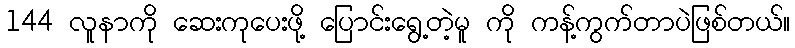
144 လူနာကို ဆေးကုပေးဖို့ ပြောင်းရွေ့တဲ့မူ ကို ကန့်ကွက်တာပဲဖြစ်တယ်။